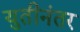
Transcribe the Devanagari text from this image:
युतीनंतर